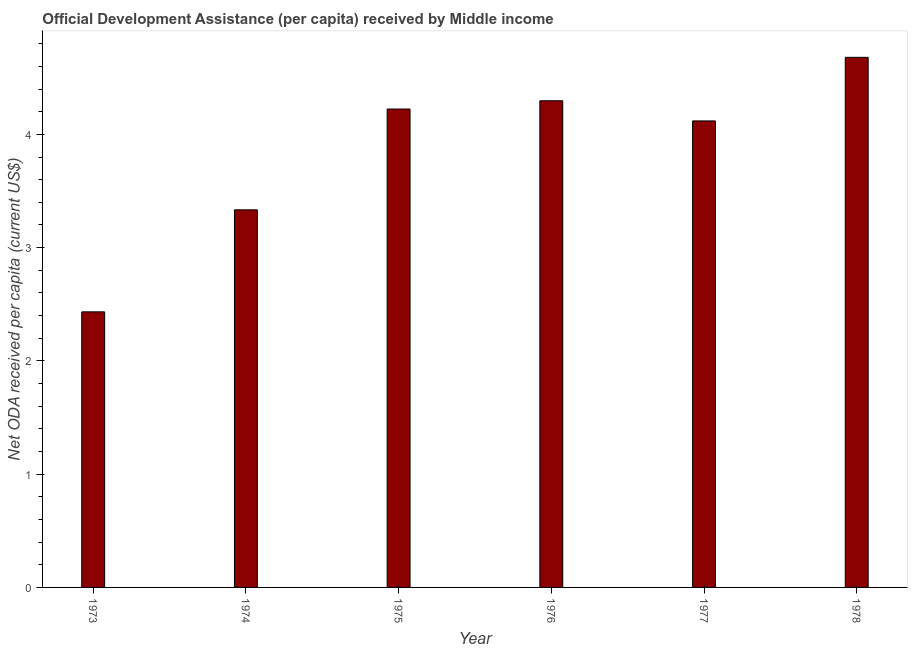
| Year | Net ODA received per capita |
 | --- | --- |
 | 1973 | 2.43 |
 | 1974 | 3.33 |
 | 1975 | 4.22 |
 | 1976 | 4.3 |
 | 1977 | 4.12 |
 | 1978 | 4.68 |